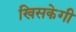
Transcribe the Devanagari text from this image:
खिसकेगी